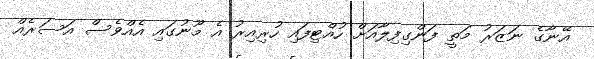
އޭނާގެ ނަޒަރު މަތީ ފަންގިފިލާއަށް ހުއްޓިފައި ހުރިއިރު އެ މޫނުގައި އެއްވެސް އަސަރެއް